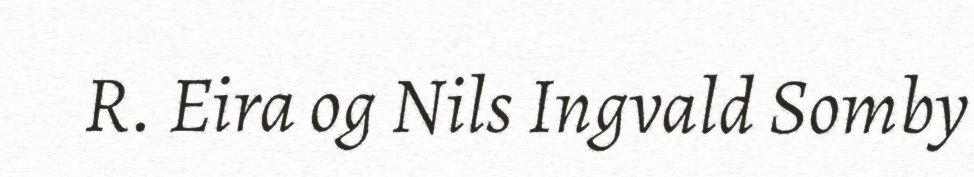
R. Eira og Nils Ingvald Somby